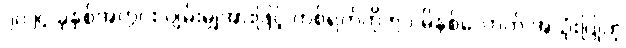
၂၀၂၄ ခုနှစ်အတွင်း ပျမ်းမျှအားဖြင့် တစ်ရက်ကို ၅၁ မိနစ်လောက် အသုံးပြုတဲ့